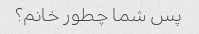
پس شما چطور خانم؟